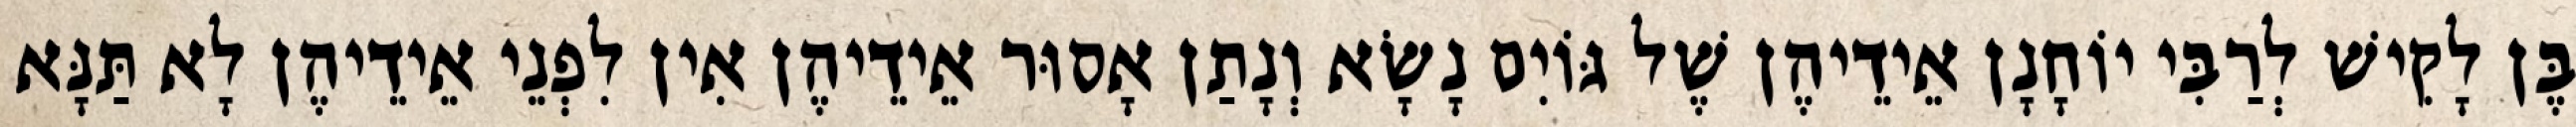
בֶּן לָקִישׁ לְרַבִּי יוֹחָנָן אֵידֵיהֶן שֶׁל גּוֹיִם נָשָׂא וְנָתַן אָסוּר אֵידֵיהֶן אִין לִפְנֵי אֵידֵיהֶן לָא תַּנָּא